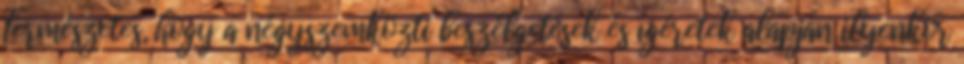
Természetes, hogy a négyszemközti beszélgetések és ígéretek alapján ilyenkor